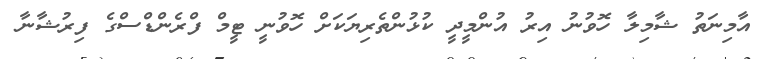
އާމިނަތު ޝާމިލާ ހޮވުނު އިރު އުންމީދީ ކުޅުންތެރިޔަކަށް ހޮވުނީ ޓީމް ފްރެންޑްސްގެ ފިރުޝާނާ